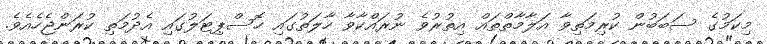
މިކަމުގެ ސަބަބުން ކުރިމަތިވާ އަލާމާތްތައް އިތުރުވެ ނުރައްކާވާ ހާލަތުގައި ހޮސްޕިޓަލުގައި އެދުމަތި ކުރަންޖެހެއެވެ.